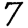
Digit: 7